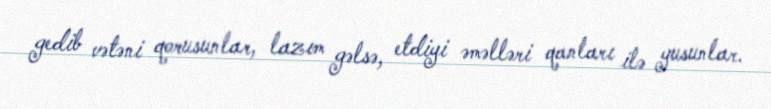
gedib vətəni qorusunlar, lazım gəlsə, etdiyi əməlləri qanları ilə yusunlar.